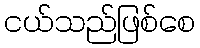
ငယ်သည်ဖြစ်စေ